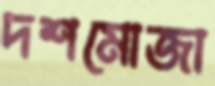
দশমোজা